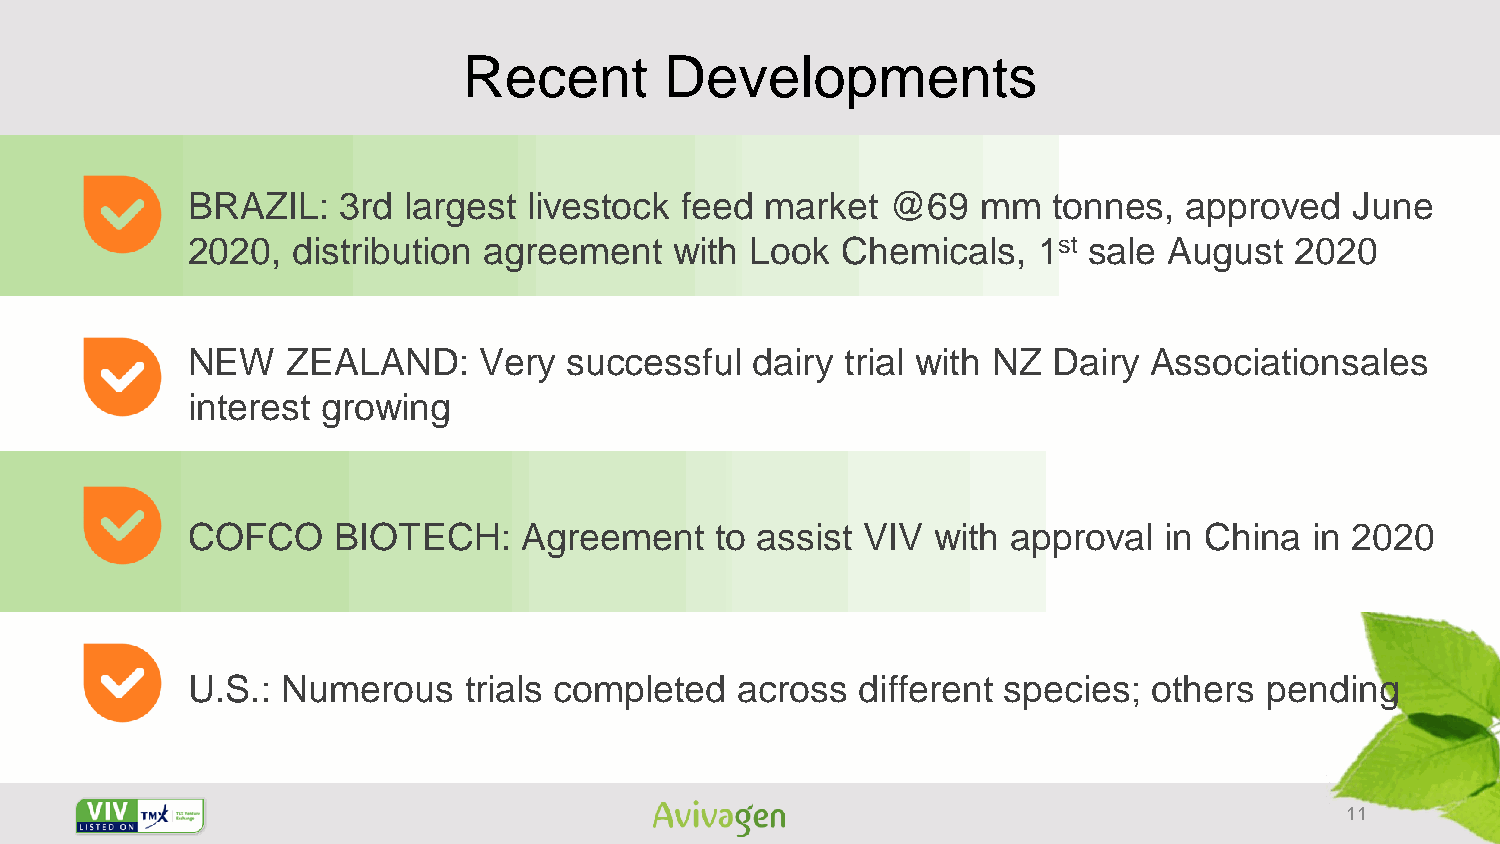
Recent       Developments
 BRAZIL:   3rd  largest livestock feed  market  @69   mm   tonnes,  approved   June
 2020,  distribution agreement    with Look  Chemicals,   1st sale August  2020
 NEW    ZEALAND:     Very  successful  dairy trial with NZ Dairy Associationsales
 interest growing
 COFCO     BIOTECH:     Agreement   to assist VIV  with approval  in China  in 2020
 U.S.:  Numerous    trials completed  across  different species; others  pending
 11